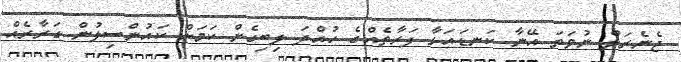
ޖެނެރަލް ނުވަތަ އޭނާ ކަނޑައަޅާ ފަރާތެއްގެ ހުއްދަ ލިބިގެން ކަމަށް ކައުންސިލުން ގަރާރެއް